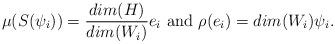
LaTeX: \begin{align*}\mu(S(\psi_i)) = \frac{dim(H)}{dim(W_i)}e_i \textrm{ and } \rho(e_i) = dim(W_i)\psi_i.\end{align*}